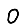
Digit: 0